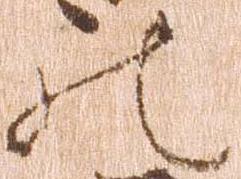
の